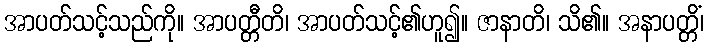
အာပတ်သင့်သည်ကို။ အာပတ္တီတိ၊ အာပတ်သင့်၏ဟူ၍။ ဇာနာတိ၊ သိ၏။ အနာပတ္တိံ၊